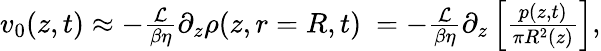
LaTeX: \begin{array}{r}{v_{0}(z,t)\approx-\frac{\mathcal{L}}{\beta\eta}\partial_{z}\rho(z,r=R,t)\ =-\frac{\mathcal{L}}{\beta\eta}\partial_{z}\left[\frac{p(z,t)}{\pi R^{2}(z)}\right],}\end{array}